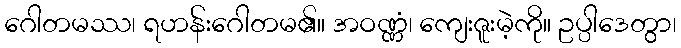
ဂေါတမဿ၊ ရဟန်းဂေါတမ၏။ အဝဏ္ဏံ၊ ကျေးဇူးမဲ့ကို။ ဥပ္ပါဒေတွာ၊